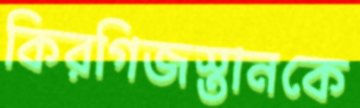
কিরগিজস্তানকে